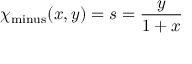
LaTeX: \chi _ { \mathrm { m i n u s } } ( x , y ) = s = { \frac { y } { 1 + x } }